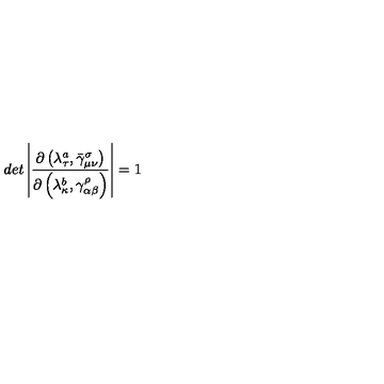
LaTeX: d e t \left| \frac { \partial \left( \lambda _ { \tau } ^ { a } , \bar { \gamma } _ { \mu \nu } ^ { \sigma } \right) } { \partial \left( \lambda _ { \kappa } ^ { b } , \gamma _ { \alpha \beta } ^ { \rho } \right) } \right| = 1